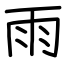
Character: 雨